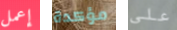
إعمل مؤكدة على